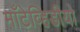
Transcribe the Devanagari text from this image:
माँटेव्हिडीयो